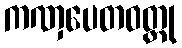
ကဏှပေတဝတ္ထု